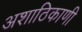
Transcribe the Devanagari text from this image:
अशाठिकाणी